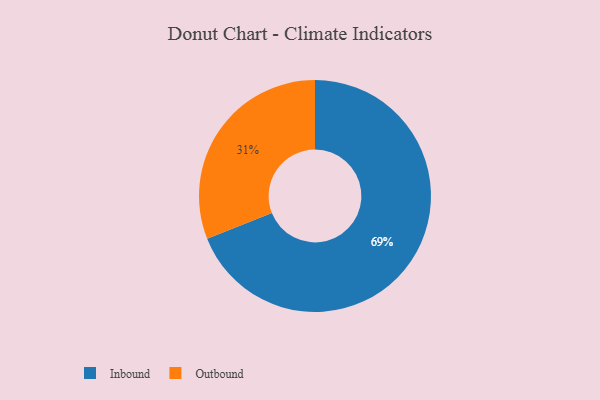
{"axis": {"x": "Category", "y": "Percentage"}, "legend": ["Inbound", "Outbound"], "data": [{"x": "Inbound", "y": 69, "type": "Inbound"}, {"x": "Outbound", "y": 31, "type": "Outbound"}]}